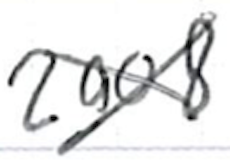
Text: 2008,
Cross-out: cross
Writing tool: ballpoint